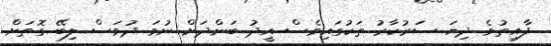
ފާއިތުވެ ދިޔަ ސަރުކާރު ތަކުގައިވެސް އީދު ބަންދަށް ނުވަ ދުވަސް ލިބޭ ގޮތަށް